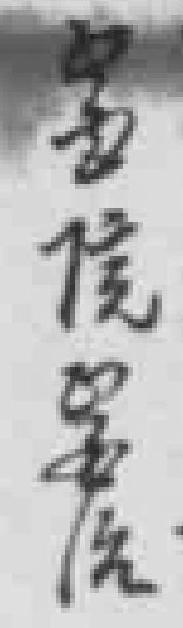
醫院醫治